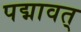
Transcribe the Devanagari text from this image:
पद्मावत्